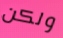
ولكن